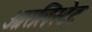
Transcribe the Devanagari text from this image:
ओरलिस्टेट